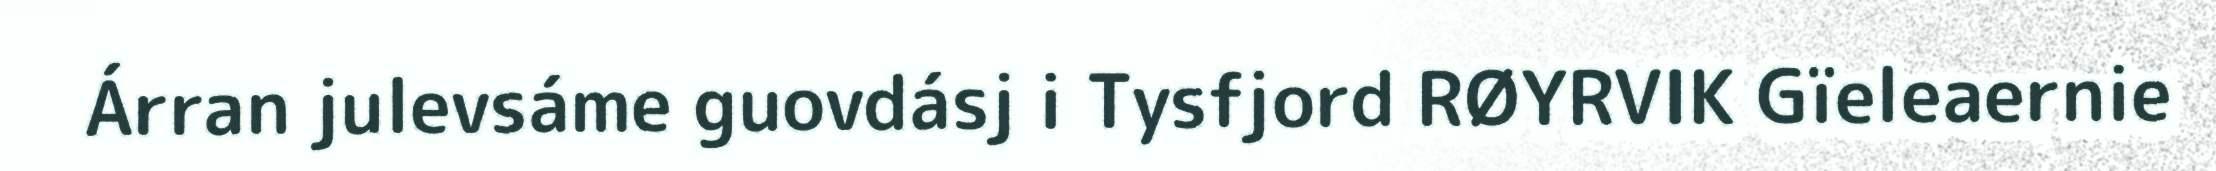
Árran julevsáme guovdásj i Tysfjord RØYRVIK Gïeleaernie